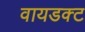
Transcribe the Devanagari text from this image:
वायडक्ट